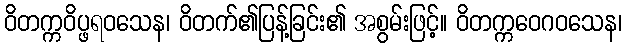
ဝိတက္ကဝိပ္ဖရဝသေန၊ ဝိတက်၏ပြန့်ခြင်း၏ အစွမ်းဖြင့်။ ဝိတက္ကဝေဂဝသေန၊